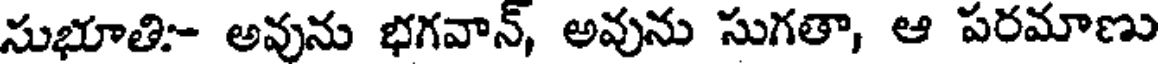
సుభూతి- అవును భగవాన్, అవును సుగతా, ఆ పరమాణు